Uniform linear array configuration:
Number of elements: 12
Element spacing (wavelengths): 0.75
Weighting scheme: hann
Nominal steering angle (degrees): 30
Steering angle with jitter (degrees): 29.277
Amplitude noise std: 0.05
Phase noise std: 0.05

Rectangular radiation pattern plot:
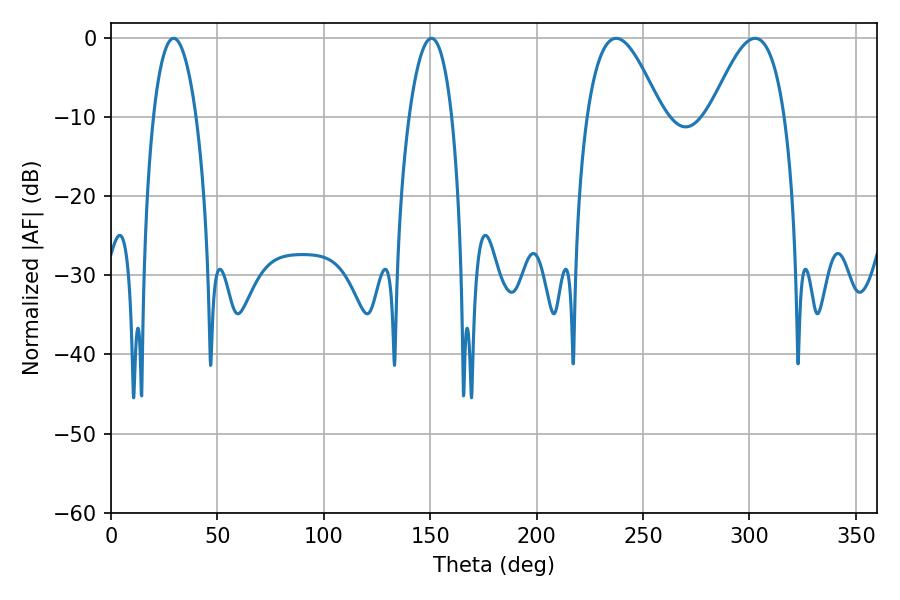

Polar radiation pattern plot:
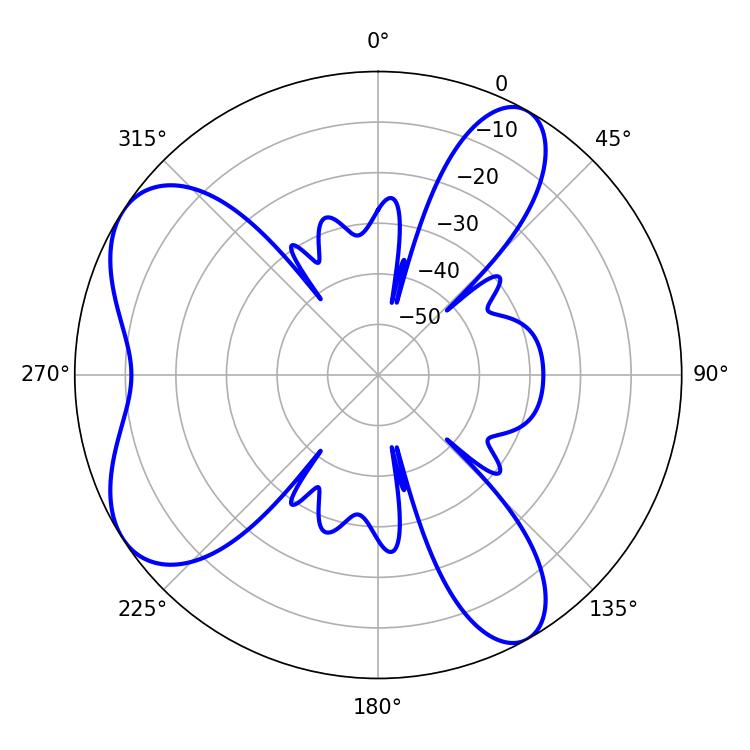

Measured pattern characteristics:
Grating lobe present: TRUE
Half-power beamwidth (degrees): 18.9
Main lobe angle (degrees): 237.42